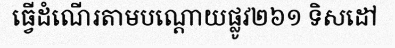
ធ្វើដំណើរតាមបណ្តោយផ្លូវ២៦១ ទិសដៅ